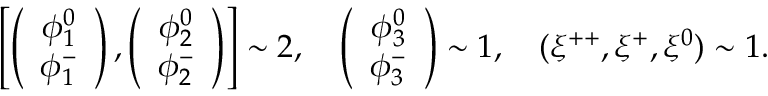
\left[ \left( \begin{array} { c } { { \phi _ { 1 } ^ { 0 } } } \\ { { \phi _ { 1 } ^ { - } } } \end{array} \right) , \left( \begin{array} { c } { { \phi _ { 2 } ^ { 0 } } } \\ { { \phi _ { 2 } ^ { - } } } \end{array} \right) \right] \sim 2 , ~ ~ ~ \left( \begin{array} { c } { { \phi _ { 3 } ^ { 0 } } } \\ { { \phi _ { 3 } ^ { - } } } \end{array} \right) \sim 1 , ~ ~ ~ ( \xi ^ { + + } , \xi ^ { + } , \xi ^ { 0 } ) \sim 1 .